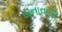
બનાવજો